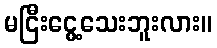
မငြီးငွေ့သေးဘူးလား။